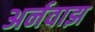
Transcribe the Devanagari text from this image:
अर्नवाझ